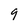
Character: 9